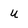
Character: u